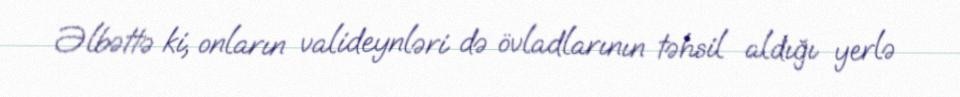
Əlbəttə ki, onların valideynləri də övladlarının təhsil aldığı yerlə